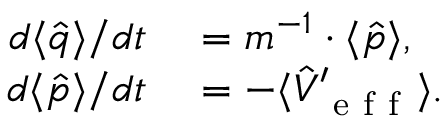
\begin{array} { r l } { d \langle \hat { q } \rangle / d t } & { { } = m ^ { - 1 } \cdot \langle \hat { p } \rangle , } \\ { d \langle \hat { p } \rangle / d t } & { { } = - \langle \hat { V } _ { \mathrm { ~ e ~ f ~ f ~ } } ^ { \prime } \rangle . } \end{array}